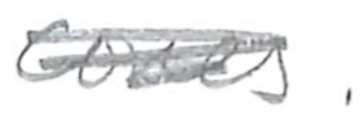
Text: cones.
Cross-out: scratch
Writing tool: pencil